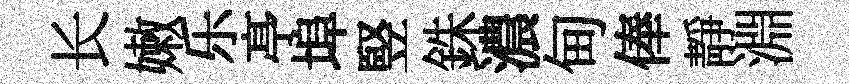
长嫩乐𠅘埠竪銖濃甸俸靜淵